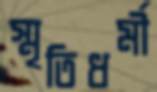
স্মৃতিধর্মী